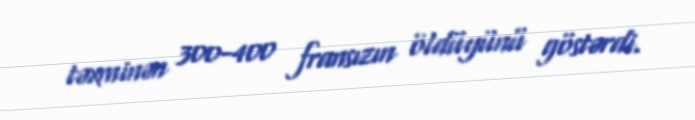
təxminən 300-400 fransızın öldüyünü göstərdi.